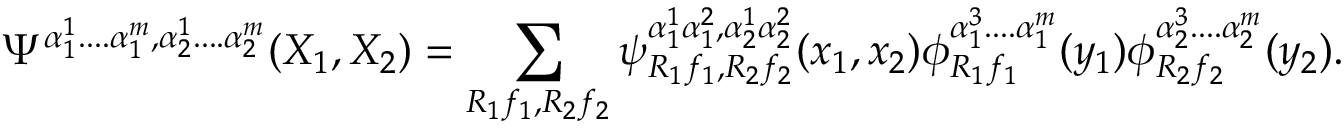
\Psi ^ { \alpha _ { 1 } ^ { 1 } . . . . \alpha _ { 1 } ^ { m } , \alpha _ { 2 } ^ { 1 } . . . . \alpha _ { 2 } ^ { m } } ( X _ { 1 } , X _ { 2 } ) = \sum _ { R _ { 1 } f _ { 1 } , R _ { 2 } f _ { 2 } } \psi _ { R _ { 1 } f _ { 1 } , R _ { 2 } f _ { 2 } } ^ { \alpha _ { 1 } ^ { 1 } \alpha _ { 1 } ^ { 2 } , \alpha _ { 2 } ^ { 1 } \alpha _ { 2 } ^ { 2 } } ( x _ { 1 } , x _ { 2 } ) \phi _ { R _ { 1 } f _ { 1 } } ^ { \alpha _ { 1 } ^ { 3 } . . . . \alpha _ { 1 } ^ { m } } ( y _ { 1 } ) \phi _ { R _ { 2 } f _ { 2 } } ^ { \alpha _ { 2 } ^ { 3 } . . . . \alpha _ { 2 } ^ { m } } ( y _ { 2 } ) .